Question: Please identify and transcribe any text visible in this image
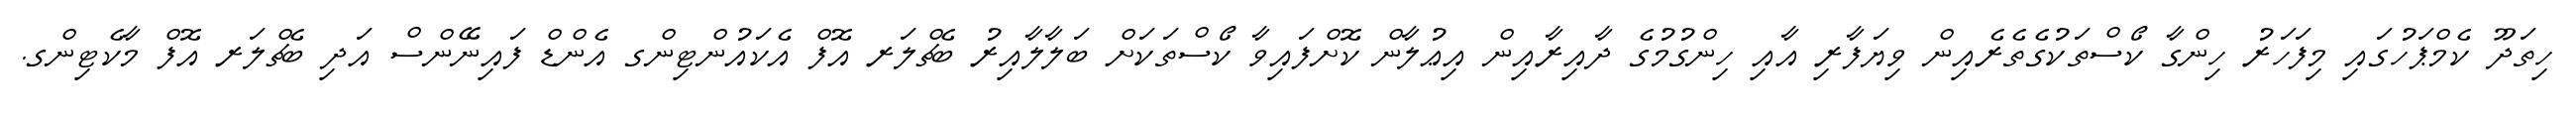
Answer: ހިތަދޫ ކެމްޕަހުގައި މިފަހަރު ހިންގާ ކޯސްތަކުގެތެރެއިން ވިޔަފާރި އާއި ހިންގުމުގެ ދާއިރާއިން އިޢުލާން ކޮށްފައިވާ ކޯސްތަކަށް ބަލާލާއިރު ބެޗްލަރ އޮފް އެކައުންޓިންގ އެންޑް ފައިނޭންސް އަދި ބެޗްލަރ އޮފް މާކެޓިންގ.